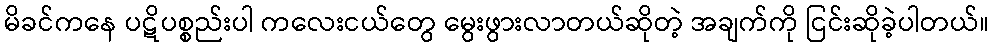
မိခင်ကနေ ပဋိပစ္စည်းပါ ကလေးငယ်တွေ မွေးဖွားလာတယ်ဆိုတဲ့ အချက်ကို ငြင်းဆိုခဲ့ပါတယ်။